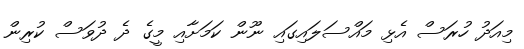
މިއަދު ހުރަސް އެޅި މައްސަލައިގައި ނޫން ކަމަށާއި މީގެ ދެ ދުވަސް ކުރިން